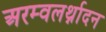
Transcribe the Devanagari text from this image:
अरम्वलर्थ्नादन